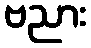
ဗညား